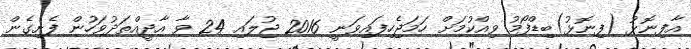
އާފިނޮޅު (ފިނޮޅު)ބިޑްފޯމު ވިއްކުމަށް ހަމަޖެހިފައިވަނީ 2016 ޖުލައި 24 ވާ އާދީއްތަދުވަހުން ފެށިގެން